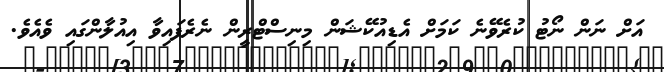
އަށް ނަން ނޯޓު ކުރެވޭނެ ކަމަށް އެޑިއުކޭޝަން މިނިސްޓްރީން ނެރެފައިވާ އިއުލާންގައި ވެއެވެ.